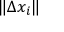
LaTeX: \| \Delta x _ { i } \|